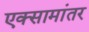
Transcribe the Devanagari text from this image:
एक्सामांतर